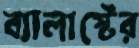
ব্যালাস্টের